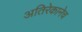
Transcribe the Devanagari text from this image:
अतिरेकानेच